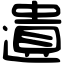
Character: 遺